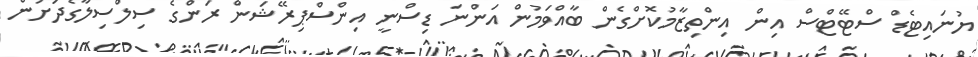
ޔުނައިޓެޑް ސްޓޭޓްސް އިން އިންތިޒާމުކޮށްގެން ބާއްވަމުން އަންނަ ޑިސްނީ އިންސްޕިރޭޝަން ރަންގެ ސިލްސިލާގެދަށުން